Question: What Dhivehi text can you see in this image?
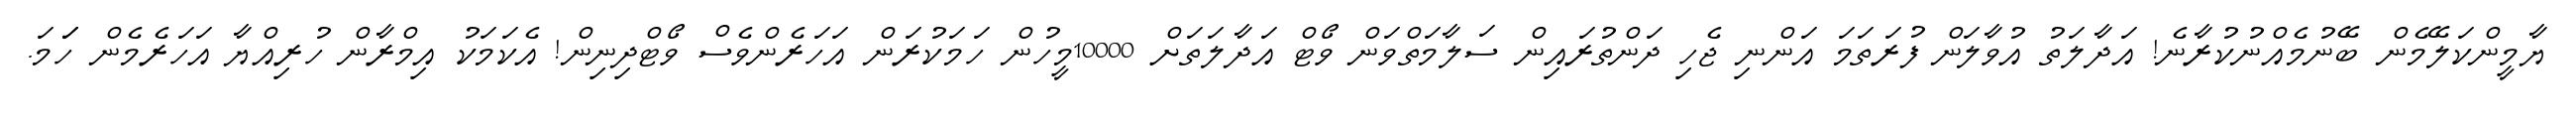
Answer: ޔާމީންކަލޭމެން ބޭނުމެއްނުކުރާނެ! އަދާލަތު އުވާލަން ފުރަތަމަ އަންނި ޖެހި ދަންތުރައިން ސަލާމަތްވަން ވޯޓް އަދާލަތަށް 10000މީހުން ހަމަކުރަން އަހަރެންވެސް ވޯޓްދިނިން! އެކަމަކު އިމްރާން ހުރިއްޔާ އަހަރެމެން ހަަމަ.